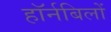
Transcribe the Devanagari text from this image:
हॉर्नबिलों